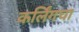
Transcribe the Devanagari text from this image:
कर्लिंगचा